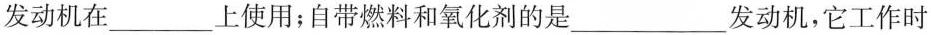
发动机在___上使用；自带燃料和氧化剂的是___发动机，它工作时